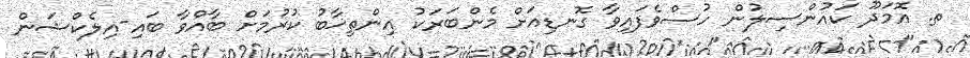
ތ. އޮމަދޫ ކައުންސިލުން ހުސްވެފައިވާ ގޮނޑިއަށް މެންބަރަކު އިންތިޚާބު ކުރުމަށް ބާއްވާ ބައި-އިލެކްޝަން